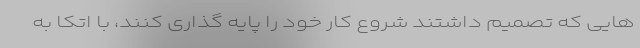
هایی که تصمیم داشتند شروع کار خود را پایه گذاری کنند، با اتکا به